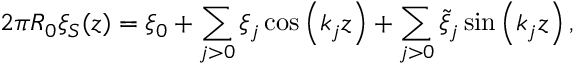
2 \pi R _ { 0 } \xi _ { S } ( z ) = \xi _ { 0 } + \sum _ { j > 0 } \xi _ { j } \cos \left( k _ { j } z \right) + \sum _ { j > 0 } \tilde { \xi } _ { j } \sin \left( k _ { j } z \right) ,